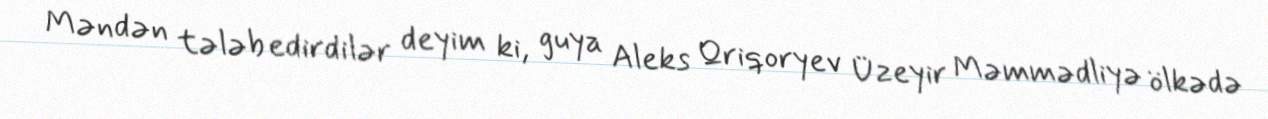
Məndən tələb edirdilər deyim ki, guya Aleks Qriqoryev Üzeyir Məmmədliyə ölkədə